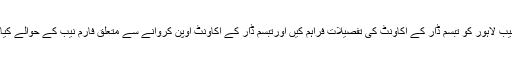
نیب لاہور کو تبسم ڈار کے اکاونٹ کی تفصیلات فراہم کیں اورتبسم ڈار کے اکاونٹ اوپن کروانے سے متعلق فارم نیب کے حوالے کیا۔